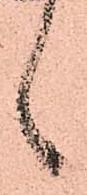
言